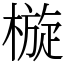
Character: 㯀